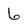
Character: 6